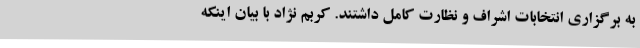
به برگزاری انتخابات اشراف و نظارت کامل داشتند. کربم نژاد با بیان اینکه